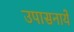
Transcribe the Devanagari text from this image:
उपासनायें